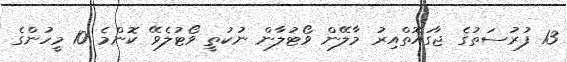
13 ފުރުސަތުގެ ޖާގައޮތްއިރު މާލޭން ވޯޓުލާން ނުކުތީ ވޯޓުލެވޭ ކޮންމެ 10 މީހުންގެ